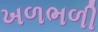
ખળભળી